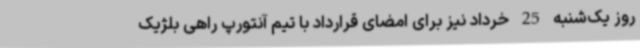
روز یک‌شنبه 25 خرداد نیز برای امضای قرارداد با تیم آنتورپ راهی بلژیک